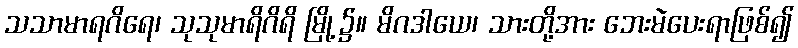
သသာမာရဂိရေ၊ သုသုမာရိဂိရိ မြို့၌။ မိဂဒါယေ၊ သားတို့အား ဘေးမဲပေးရာဖြစ်၍